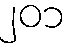
၂၀၁